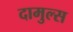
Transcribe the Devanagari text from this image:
दामुल्स